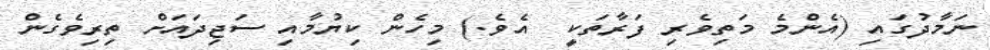
ނަމާދުގައި (އެންމެ މަތިވެރި ފަރާތަކީ  އެވެ.) މިހެން ކިޔުމާއި ސަޖިދައަށް ތިރިވެގެން